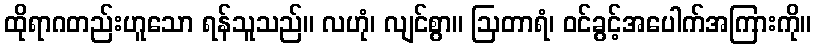
ထိုရာဂတည်းဟူသော ရန်သူသည်။ လဟုံ၊ လျင်စွာ။ ဩတာရံ၊ ဝင်ခွင့်အပေါက်အကြားကို။